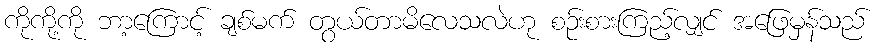
ကိုကို့ကို ဘာ့ကြောင့် ချစ်မက် တွယ်တာမိလေသလဲဟု စဉ်းစားကြည့်လျှင် အဖြေမှန်သည်